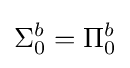
\Sigma _{0}^{b}=\Pi _{0}^{b}